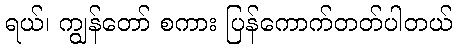
ရယ်၊ ကျွန်တော် စကား ပြန်ကောက်တတ်ပါတယ်